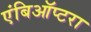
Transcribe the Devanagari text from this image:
एंबिऑप्टरा